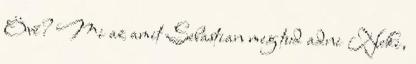
Övé? Mi az amit Sebastian meg tud adni Neki,